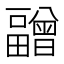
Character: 𰣝